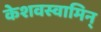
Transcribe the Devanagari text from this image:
केशवस्वामिन्